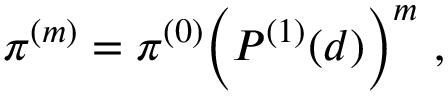
\pi ^ { ( m ) } = \pi ^ { ( 0 ) } \Big ( P ^ { ( 1 ) } ( d ) \Big ) ^ { m } \ ,